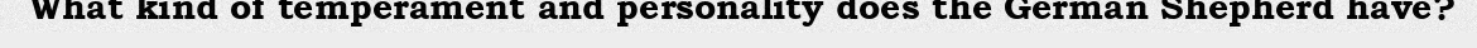
What kind of temperament and personality does the German Shepherd have?